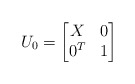
\begin{align*}U_0=\begin{bmatrix}X & 0\\0^T & 1\end{bmatrix}\end{align*}